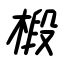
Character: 椴